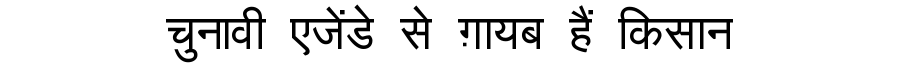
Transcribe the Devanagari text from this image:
चुनावी एजेंडे से ग़ायब हैं किसान